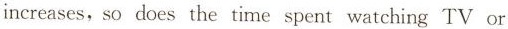
increases,so does the time spent watching TV or